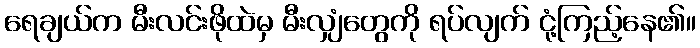
ရေချယ်က မီးလင်းဖိုထဲမှ မီးလျှံတွေကို ရပ်လျက် ငုံ့ကြည့်နေ၏။